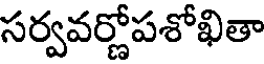
సర్వవర్ణోపశోఖితా